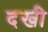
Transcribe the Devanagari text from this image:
दखी